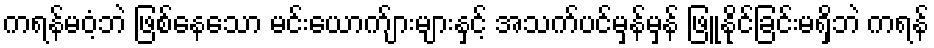
ကရန်မဝံ့ဘဲ ဖြစ်နေသော မင်းယောက်ျားများနှင့် အသက်ပင်မှန်မှန် ဖြူနိုင်ခြင်းမရှိဘဲ ကရန်